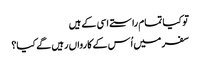
تو کیا تمام راستے اسی کے ہیں
سفر میں اُس کے کارواں رہیں گے کیا؟